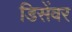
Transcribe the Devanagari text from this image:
डिसेंवर